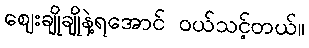
ဈေးချိုချိုနဲ့ရအောင် ဝယ်သင့်တယ်။